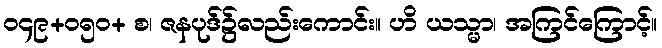
၀၄၉+၀၅၀+ စ၊ ဇနပုဒ်၌လည်းကောင်း။ ဟိ ယသ္မာ၊ အကြင်ကြောင့်။